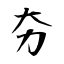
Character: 夯